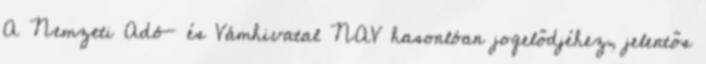
A Nemzeti Adó- és Vámhivatal NAV hasonlóan jogelődjéhez, jelentős